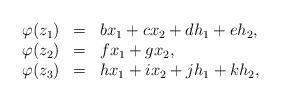
LaTeX: \begin{align*}\begin{array}{llllll}\varphi(z_1) &=& bx_1+cx_2+dh_1+eh_2,\\\varphi(z_2) &=& fx_1+gx_2,\\\varphi(z_3) &=& hx_1+ix_2+jh_1+kh_2,\\\end{array}\end{align*}